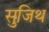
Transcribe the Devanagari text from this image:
सुजिथ